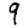
Digit: 9